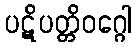
ပဋိပတ္တိဝဂ္ဂေါ